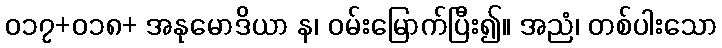
၀၁၇+၀၁၈+ အနုမောဒိယာ န၊ ဝမ်းမြောက်ပြီး၍။ အညံ၊ တစ်ပါးသော